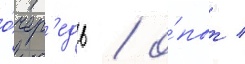
о́чер'едь / о́пыт /